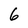
Character: 6